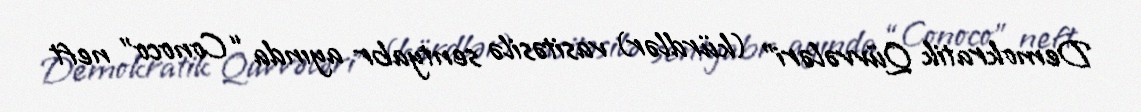
Demokratik Qüvvələri” (kürdlər) vasitəsilə sentyabr ayında “Conoco” neft